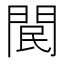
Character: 𨳶